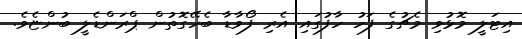
އިޓަލީ މޮޅުވި މެޗުގެ ފަހު ހާފުގައި އެރި ފޯވާޑާ ބެހޭގޮތުން ޕްރަންޑެލީ ބުންޏެވެ.